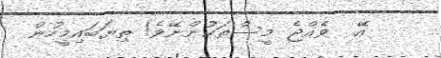
އޭ  ވެއްޖެ މީސްތަކުންނޭވެ! ތިޔަބައިމީހުން